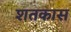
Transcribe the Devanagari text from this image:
शतकास